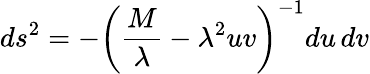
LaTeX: ds^{2}=-\left({\frac{M}{\lambda}}-\lambda^{2}uv\right)^{-1}du\, dv